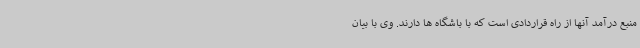
منبع درآمد آنها از راه قراردادی است که با باشگاه ها دارند. وی با بیان